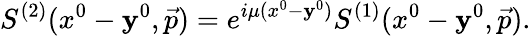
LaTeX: S^{(2)}(x^{0}-\mathbf{y}^{0},\vec{{p}})=e^{i\mu(x^{0}-\mathbf{y}^{0})}S^{(1)}(x^{0}-\mathbf{y}^{0},\vec{{p}}).